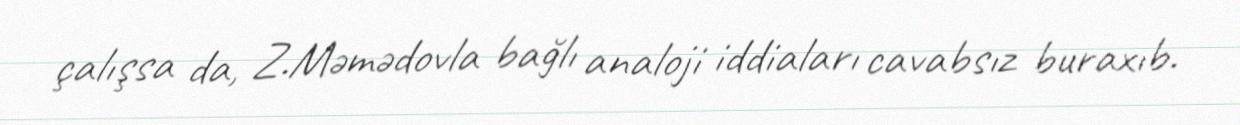
çalışsa da, Z.Məmədovla bağlı analoji iddiaları cavabsız buraxıb.